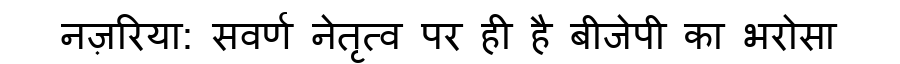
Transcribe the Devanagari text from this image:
नज़रिया: सवर्ण नेतृत्व पर ही है बीजेपी का भरोसा